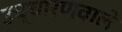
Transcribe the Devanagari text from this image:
उच्चारणवाले